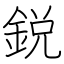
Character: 鋭